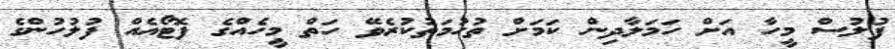
ފުލުސް މީހާ އަށް ހަމަލާދިން ކަމަށް ތުހުމަތުކުރެވޭ ހަތް މީހެއްގެ ފޮޓޯއެއް ފުލުހުންގެ